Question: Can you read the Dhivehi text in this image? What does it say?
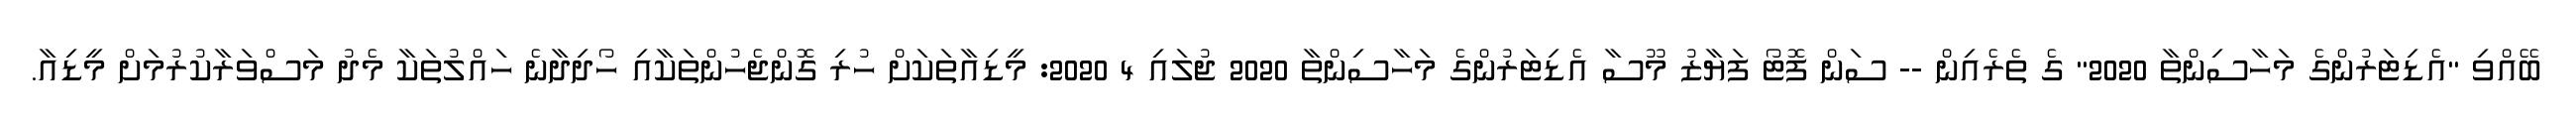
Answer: ބޭއްވި "އެޑިޓަރުންގެ މަހާސިންތާ 2020" ގެ ތެރެއިން -- ސަން ފޮޓޯ ފަޔާޒު މޫސާ އެޑިޓަރުންގެ މަހާސިންތާ 2020 ޖުލައި 4 2020: މީޑިއާތަކަށް ހުރި ގޮންޖެހުންތަކާއި ހޯދިދާނެ ހައްލުތަކާ މެދު މަސްވަރާކުރުމަށް މީޑިއާ.